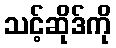
သင့်ဆိုဒ်ကို